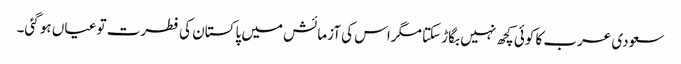
سعودی عرب کا کوئی کچھ نہیں بگاڑ سکتا مگراس کی آزمائش میں پاکستان کی فطرت تو عیاں ہو گئی۔